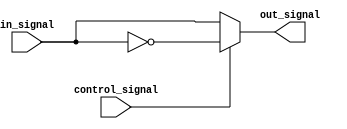
module voltage_level_shifter (
  input wire in_signal,
  input wire control_signal,
  output wire out_signal
);

  always @ (in_signal, control_signal)
    if (control_signal == 1'b0)
      out_signal <= in_signal;
    else
      out_signal <= ~in_signal;

endmodule